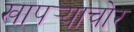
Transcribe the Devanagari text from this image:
खापर्‍याचोर